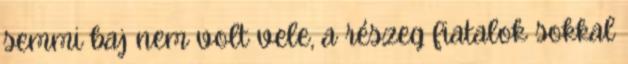
semmi baj nem volt vele, a részeg fiatalok sokkal